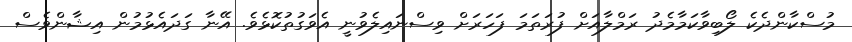
މުސްކާންދެކެ ލޯބިވާކަމާމެދު ރަމްލާއަށް ފުރަތަމަ ފަހަރަށް ވިސްނައިލެވުނީ އެވަގުތުކޮޅެވެ. އޭނާ ގަދައެޅުމުން އިޝާންވެސް